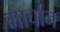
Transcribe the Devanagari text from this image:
मार्चान